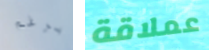
برغم عملاقة